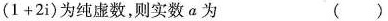
( 1 + 2 i )$$为纯虚数，则实数a为 ( )